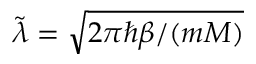
\tilde { \lambda } = \sqrt { 2 \pi \hbar \beta / ( m M ) }